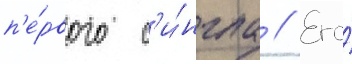
п'е́рвого с'и́нгла // Его́